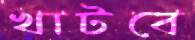
খাটবে